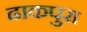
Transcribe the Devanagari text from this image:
ढाकपुरा